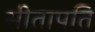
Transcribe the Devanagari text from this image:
सीतापतिं